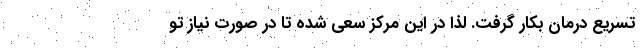
تسریع درمان بکار گرفت. لذا در این مرکز سعی شده تا در صورت نیاز تو